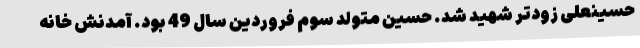
حسینعلی زودتر شهید شد. حسین متولد سوم فروردین سال 49 بود. آمدنش خانه